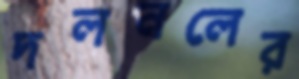
দলনলের